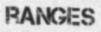
RANGES